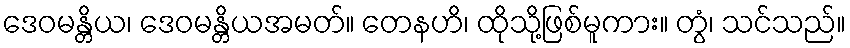
ဒေဝမန္တိယ၊ ဒေဝမန္တိယအမတ်။ တေနဟိ၊ ထိုသို့ဖြစ်မူကား။ တွံ၊ သင်သည်။